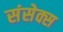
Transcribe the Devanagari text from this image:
संसेक्स